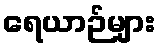
ရေယာဉ်များ